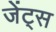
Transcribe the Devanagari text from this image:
जेंट्स